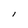
Character: l